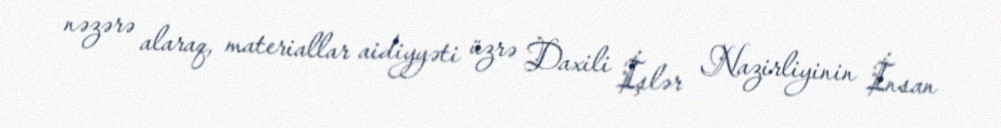
nəzərə alaraq, materiallar aidiyyəti üzrə Daxili İşlər Nazirliyinin İnsan